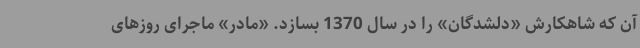
آن‌ که شاهکارش «دلشدگان» را در سال 1370 بسازد. «مادر» ماجرای روزهای